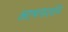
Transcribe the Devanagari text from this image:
आश्रयदर्शन